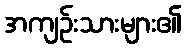
အကျဉ်းသားများ၏